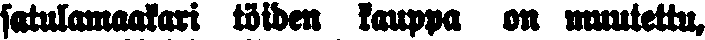
satulamaalari töiden kauppa on muutettu,